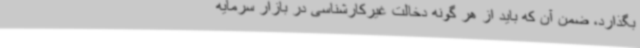
بگذارد، ضمن آن که باید از هر گونه دخالت غیرکارشناسی در بازار سرمایه